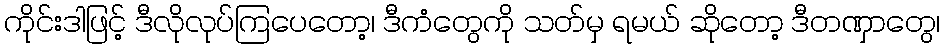
ကိုင်းဒါဖြင့် ဒီလိုလုပ်ကြပေတော့၊ ဒီကံတွေကို သတ်မှ ရမယ် ဆိုတော့ ဒီတဏှာတွေ၊